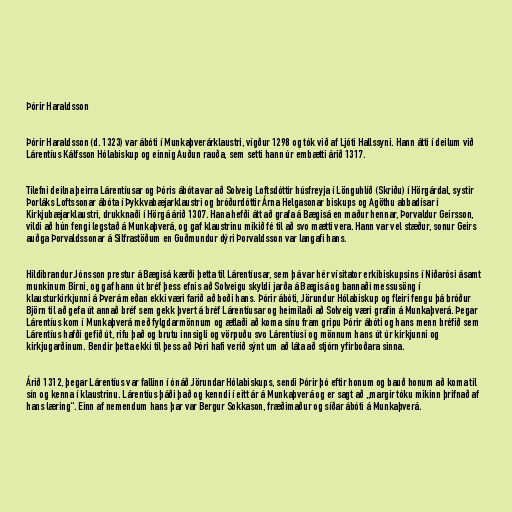
Þórir Haraldsson

Þórir Haraldsson (d. 1323) var ábóti í Munkaþverárklaustri, vígður 1298 og tók við af Ljóti Hallssyni. Hann átti í deilum við
Lárentíus Kálfsson Hólabiskup og einnig Auðun rauða, sem setti hann úr embætti árið 1317.

Tilefni deilna þeirra Lárentíusar og Þóris ábóta var að Solveig Loftsdóttir húsfreyja í Lönguhlíð (Skriðu) í Hörgárdal, systir
Þorláks Loftssonar ábóta í Þykkvabæjarklaustri og bróðurdóttir Árna Helgasonar biskups og Agöthu abbadísar í
Kirkjubæjarklaustri, drukknaði í Hörgá árið 1307. Hana hefði átt að grafa á Bægisá en maður hennar, Þorvaldur Geirsson,
vildi að hún fengi legstað á Munkaþverá, og gaf klaustrinu mikið fé til að svo mætti vera. Hann var vel stæður, sonur Geirs
auðga Þorvaldssonar á Silfrastöðum en Guðmundur dýri Þorvaldsson var langafi hans.

Hildibrandur Jónsson prestur á Bægisá kærði þetta til Lárentíusar, sem þá var hér vísitator erkibiskupsins í Niðarósi ásamt
munkinum Birni, og gaf hann út bréf þess efnis að Solveigu skyldi jarða á Bægisá og bannaði messusöng í
klausturkirkjunni á Þverá meðan ekki væri farið að boði hans. Þórir ábóti, Jörundur Hólabiskup og fleiri fengu þá bróður
Björn til að gefa út annað bréf sem gekk þvert á bréf Lárentíusar og heimilaði að Solveig væri grafin á Munkaþverá. Þegar
Lárentíus kom í Munkaþverá með fylgdarmönnum og ætlaði að koma sínu fram gripu Þórir ábóti og hans menn bréfið sem
Lárentíus hafði gefið út, rifu það og brutu innsigli og vörpuðu svo Lárentíusi og mönnum hans út úr kirkjunni og
kirkjugarðinum. Bendir þetta ekki til þess að Þóri hafi verið sýnt um að láta að stjórn yfirboðara sinna.

Árið 1312, þegar Lárentíus var fallinn í ónáð Jörundar Hólabiskups, sendi Þórir þó eftir honum og bauð honum að koma til
sín og kenna í klaustrinu. Lárentíus þáði það og kenndi í eitt ár á Munkaþverá og er sagt að „margir tóku mikinn þrifnað af
hans læring“. Einn af nemendum hans þar var Bergur Sokkason, fræðimaður og síðar ábóti á Munkaþverá.